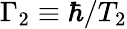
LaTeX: \Gamma_{2}\equiv\hbar/T_{2}